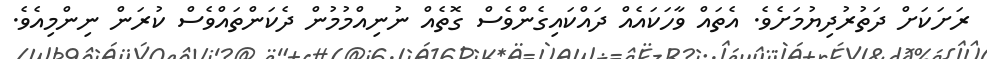
ރަށަކަށް ދަތުރުދިޔުމަށެވެ. އެތައް ވާހަކައެއް ދައްކައިގެންވެސް ގޮތެއް ނުނިއްމުމުން ދެކަންތައްވެސް ކުރަން ނިންމިއެވެ.